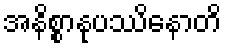
အနိစ္စာနုပဿိနောတိ